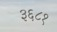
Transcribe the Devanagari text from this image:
३६८१